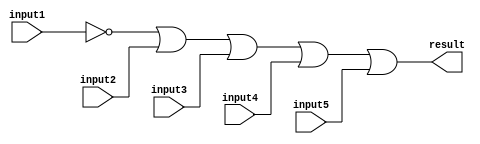
// This program was cloned from: https://github.com/RonnyA/nd-120
// License: MIT License

/******************************************************************************
 ** Logisim-evolution goes FPGA automatic generated Verilog code             **
 ** https://github.com/logisim-evolution/                                    **
 **                                                                          **
 ** Component : OR_GATE_5_INPUTS                                             **
 **                                                                          **
 *****************************************************************************/

module OR_GATE_5_INPUTS( input1,
                         input2,
                         input3,
                         input4,
                         input5,
                         result );

   /*******************************************************************************
   ** Here all module parameters are defined with a dummy value                  **
   *******************************************************************************/
   parameter [64:0] BubblesMask = 1;

   /*******************************************************************************
   ** The inputs are defined here                                                **
   *******************************************************************************/
   input input1;
   input input2;
   input input3;
   input input4;
   input input5;

   /*******************************************************************************
   ** The outputs are defined here                                               **
   *******************************************************************************/
   output result;

   /*******************************************************************************
   ** The wires are defined here                                                 **
   *******************************************************************************/
   wire s_realInput1;
   wire s_realInput2;
   wire s_realInput3;
   wire s_realInput4;
   wire s_realInput5;

   /*******************************************************************************
   ** The module functionality is described here                                 **
   *******************************************************************************/

   /*******************************************************************************
   ** Here the bubbles are processed                                             **
   *******************************************************************************/
   assign  s_realInput1 = (BubblesMask[0] == 1'b0) ? input1 : ~input1;
   assign  s_realInput2 = (BubblesMask[1] == 1'b0) ? input2 : ~input2;
   assign  s_realInput3 = (BubblesMask[2] == 1'b0) ? input3 : ~input3;
   assign  s_realInput4 = (BubblesMask[3] == 1'b0) ? input4 : ~input4;
   assign  s_realInput5 = (BubblesMask[4] == 1'b0) ? input5 : ~input5;

   /*******************************************************************************
   ** Here the functionality is defined                                          **
   *******************************************************************************/
   assign result = s_realInput1|
                   s_realInput2|
                   s_realInput3|
                   s_realInput4|
                   s_realInput5;

endmodule